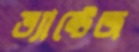
ভ্যান্টেজ